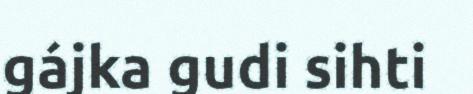
gájka gudi sihti